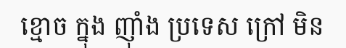
ខ្មោច ក្នុង ញ៉ាំង ប្រទេស ក្រៅ មិន